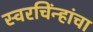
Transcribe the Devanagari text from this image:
स्वरचिंन्हांचा